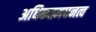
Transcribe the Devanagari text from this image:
अधिकतमघनत्व